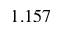
1 . 1 5 7